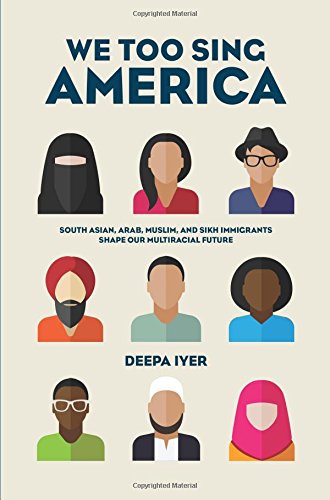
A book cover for We Too Sing America: South Asian, Arab, Muslim, and Sikh Immigrants Shape Our Multiracial Future; Deepa Iyer; History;